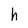
Character: h